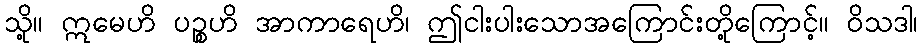
သို့။ ဣမေဟိ ပဉ္စဟိ အာကာရေဟိ၊ ဤငါးပါးသောအကြောင်းတို့ကြောင့်။ ဝိသဒါ၊